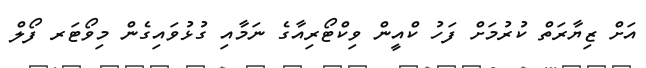
އަށް ޒިޔާރަތް ކުރުމަށް ފަހު ކްއީން ވިކްޓޯރިއާގެ ނަމާއި ގުޅުވައިގެން މިވޯޓަރ ފޯލް